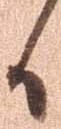
候